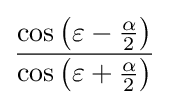
{\frac {\cos \left(\varepsilon -{\frac {\alpha }{2}}\right)}{\cos \left(\varepsilon +{\frac {\alpha }{2}}\right)}}